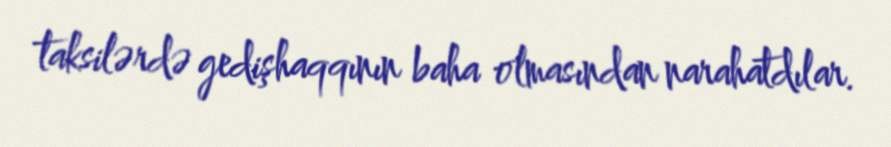
taksilərdə gedişhaqqının baha olmasından narahatdılar.